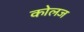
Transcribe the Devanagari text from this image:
कोलज